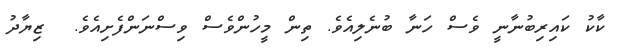
ކާކު ކައިރިބުނާނީ ވެސް ހަނާ ބުނެލިއެވެ. ތިން މީހުންވެސް ވިސްނަންފެށިއެވެ.  ޒިޔާދު